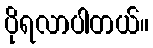
ပိုရလာပါတယ်။